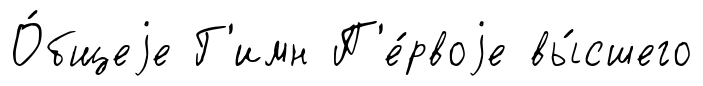
О́бщеjе Г'имн П'е́рвоjе вы́сшего